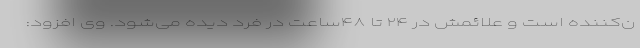
ن‌کننده است و علائمش در ۲۴ تا ۴۸ساعت در فرد دیده می‌شود. وی افزود: